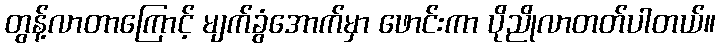
တွန့်လာတာကြောင့် မျက်ခွံအောက်မှာ ဖောင်းကာ ပိုညိုလာတတ်ပါတယ်။